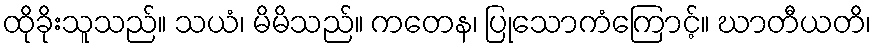
ထိုခိုးသူသည်။ သယံ၊ မိမိသည်။ ကတေန၊ ပြုသောကံကြောင့်။ ဃာတီယတိ၊